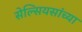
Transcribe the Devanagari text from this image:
सेल्सियसांच्या